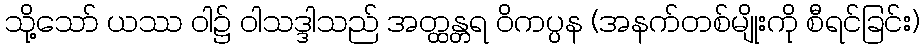
သို့သော် ယဿ ဝါ၌ ဝါသဒ္ဒါသည် အတ္ထန္တရ ဝိကပ္ပန (အနက်တစ်မျိုးကို စီရင်ခြင်း)